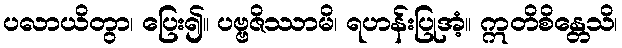
ပလာယိတွာ၊ ပြေး၍။ ပဗ္ဗဇိဿာမိ၊ ရဟန်းပြုအံ့။ ဣတိစိန္တေသိ၊